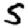
Digit: 5